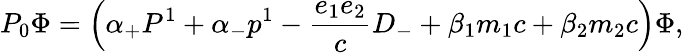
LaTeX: P_{0}{\Phi}=\left({\alpha}_{+}P^{1}+{\alpha}_{-}p^{1}-\frac{e_{1}e_{2}}{c}D_{-}+{\beta}_{1}m_{1}c+{\beta}_{2}m_{2}c\right){\Phi},